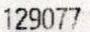
129077